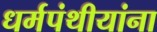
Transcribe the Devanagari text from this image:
धर्मपंथीयांना